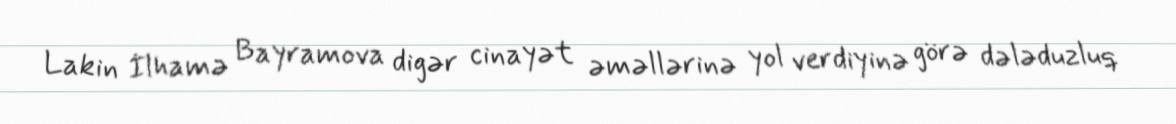
Lakin İlhamə Bayramova digər cinayət əməllərinə yol verdiyinə görə dələduzluq